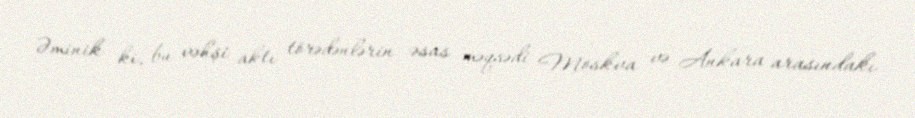
Əminik ki, bu vəhşi aktı törədənlərin əsas məqsədi Moskva və Ankara arasındakı